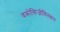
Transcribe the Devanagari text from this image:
वक्रोक्तिजीवितकार